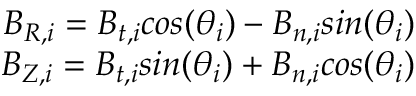
\begin{array} { r l } { B _ { R , i } = B _ { t , i } c o s ( \theta _ { i } ) - B _ { n , i } s i n ( \theta _ { i } ) } \\ { B _ { Z , i } = B _ { t , i } s i n ( \theta _ { i } ) + B _ { n , i } c o s ( \theta _ { i } ) } & { { } } \end{array}